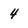
Character: 4